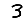
Digit: 3